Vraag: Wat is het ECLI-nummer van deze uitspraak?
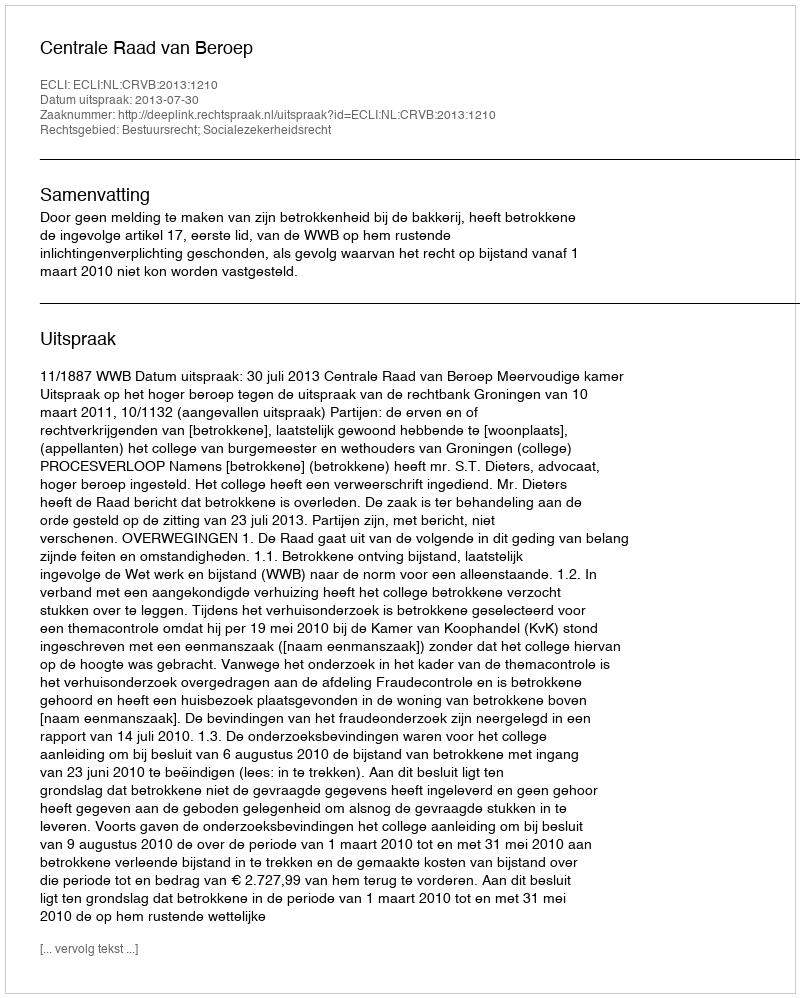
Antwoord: ECLI:NL:CRVB:2013:1210